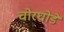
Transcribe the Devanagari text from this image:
चोरघोडे